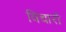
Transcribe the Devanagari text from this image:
विचाराें